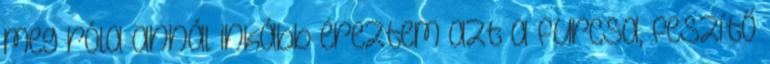
meg róla annál inkább éreztem azt a furcsa, feszítő